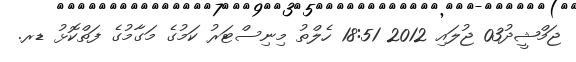
ޖަމްޝީދު03 ޖުލައި 2012 18:51 ހެލްތު މިނިސްޓަރު ކަމުގެ މަގާމުގެ ފަތްކޮޅު ޑރ.